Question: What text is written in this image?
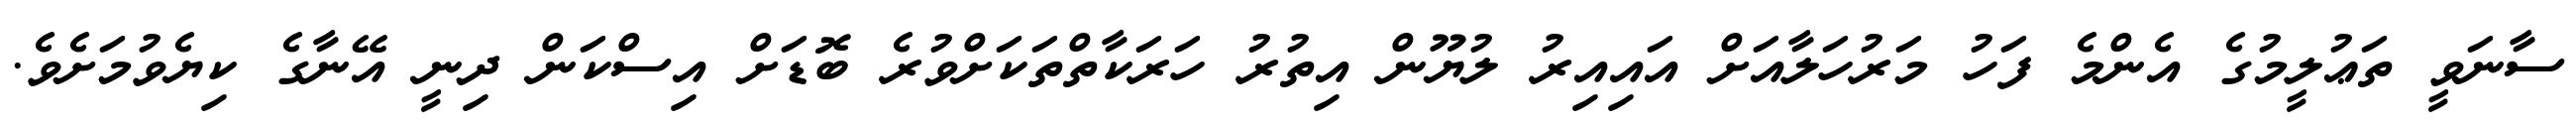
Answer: ސާނަވީ ތަޢުލީމުގެ އެންމެ ފަހު މަރުހަލާއަށް އައިއިރު ލުޔޫން އިތުރު ހަރަކާތްތަކަށްވުރެ ބޮޑަށް އިސްކަން ދިނީ އޭނާގެ ކިޔެވުމަށެވެ.